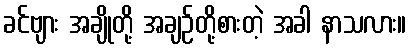
ခင်ဗျား အချိုတို့ အချဉ်တို့စားတဲ့ အခါ နာသလား။